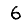
Digit: 6